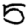
Digit: 5